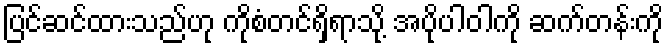
ပြင်ဆင်ထားသည်ဟု ကိုစံတင်ရှိရာသို့ အပိုပါဝါကို ဆက်တန်းကို